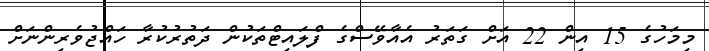
މިމަހުގެ 15 އިން 22 އަށް ގަތަރު އެއާވޭސްގެ ފްލައިޓްތަކުން ދަތުރުކުރާ ހައްޖުވެރިންނަށް